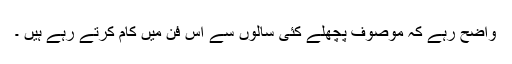
واضح رہے کہ موصوف پچھلے کئی سالوں سے اس فن میں کام کرتے رہے ہیں ۔